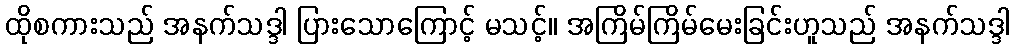
ထိုစကားသည် အနက်သဒ္ဒါ ပြားသောကြောင့် မသင့်။ အကြိမ်ကြိမ်မေးခြင်းဟူသည် အနက်သဒ္ဒါ